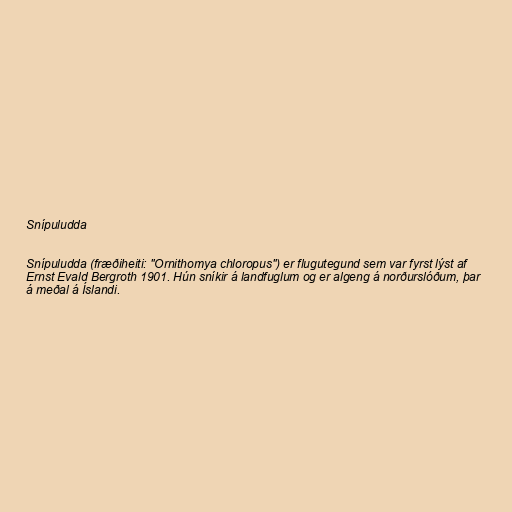
Snípuludda

Snípuludda (fræðiheiti: "Ornithomya chloropus") er flugutegund sem var fyrst lýst af
Ernst Evald Bergroth 1901. Hún sníkir á landfuglum og er algeng á norðurslóðum, þar
á meðal á Íslandi.